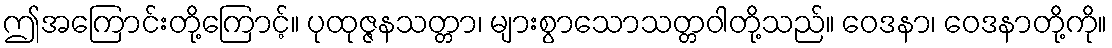
ဤအကြောင်းတို့ကြောင့်။ ပုထုဇ္ဇနသတ္တာ၊ များစွာသောသတ္တဝါတို့သည်။ ဝေဒနာ၊ ဝေဒနာတို့ကို။